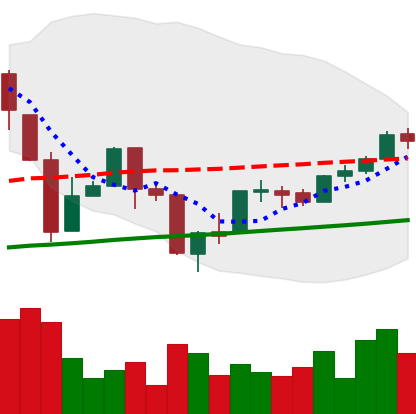
Ticker: BTC-USD
Chart end date: 2017-04-04
Forward return: 4.82%
Label: up_3_5